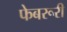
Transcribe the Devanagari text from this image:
फेबरूरी